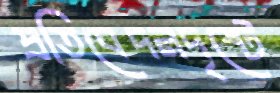
প্রতিবেদনদৃষ্টে